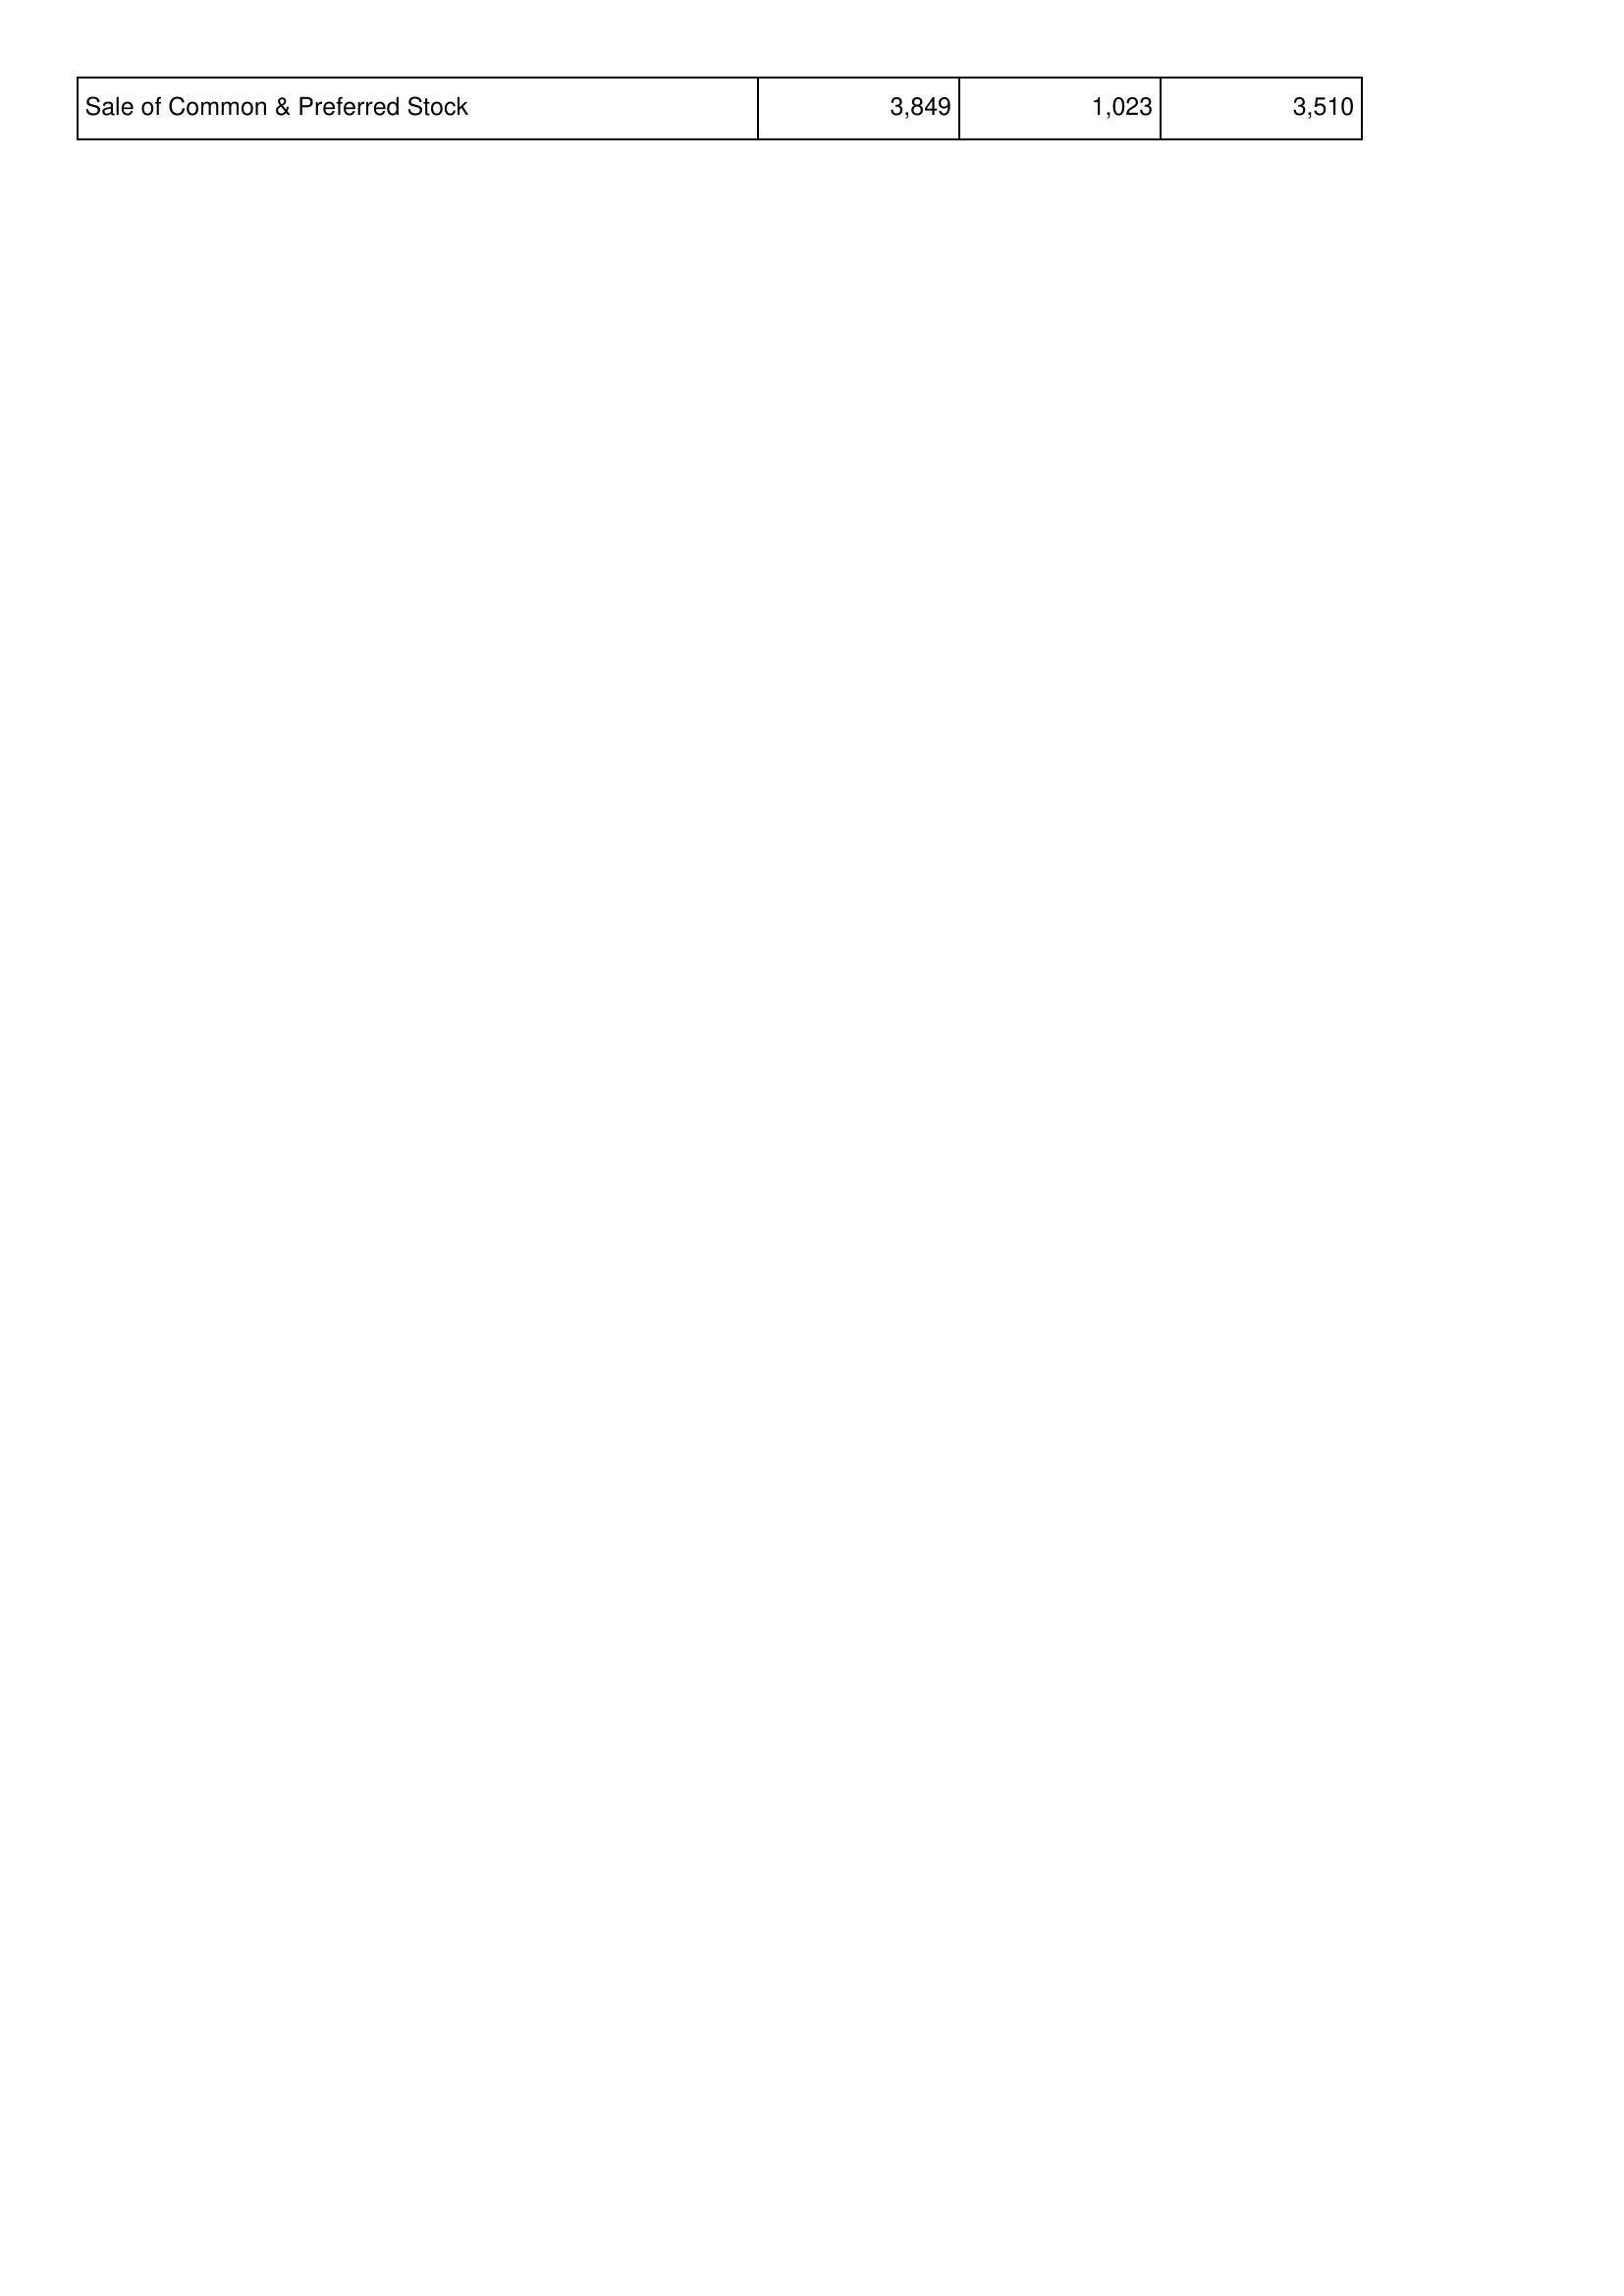
2014: Financing Activities: Sale of Common & Preferred Stock: 3,849
2015: Financing Activities: Sale of Common & Preferred Stock: 1,023
2016: Financing Activities: Sale of Common & Preferred Stock: 3,510